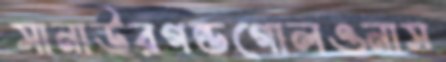
সানাউরগন্ডগোলওনাস